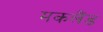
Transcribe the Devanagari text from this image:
मकलैंड